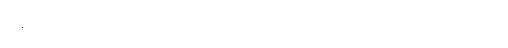
အရောင်လေးတွေကိုတော့ လိုက်ဖက်အောင် တွဲဖို့ လိုပါတယ်။